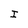
Character: I